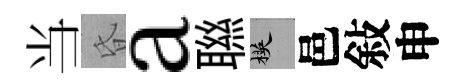
当昏a聮楧邑敍申